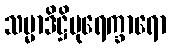
သမ္မာဒိဋ္ဌိပုရေက္ခာရော